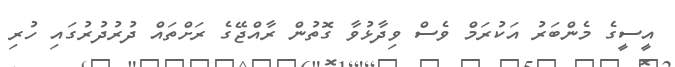
އީސީގެ މެންބަރު އަކުރަމް ވެސް ވިދާޅުވާ ގޮތުން ރާއްޖޭގެ ރަށްތައް ދުރުދުރުގައި ހުރި